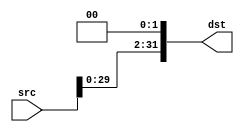
module SHL2(src,dst);
    input [31:0]src;
    output [31:0]dst;
    parameter s2 = 2'b00;
    assign dst = {src[29:0], s2};
endmodule